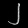
Digit: ၂